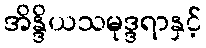
အိန္ဒိယသမုဒ္ဒရာနှင့်